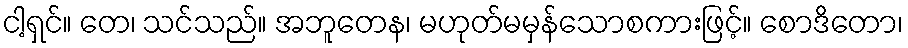
ငါ့ရှင်။ တေ၊ သင်သည်။ အဘူတေန၊ မဟုတ်မမှန်သောစကားဖြင့်။ စောဒိတော၊